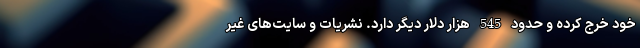
خود خرج کرده و حدود 545 هزار دلار دیگر دارد. نشریات و سایت‌های غیر